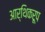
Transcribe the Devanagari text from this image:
आर्थिकरूप